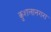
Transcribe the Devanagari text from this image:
कुशलानगरा